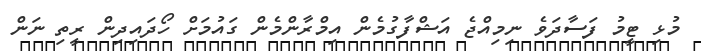
މުޅި ޓީމު ފަސާދަވެ ނިމިއްޖެ އަޝްފާގުމެން އިމްރާންމެން ގައުމަށް ހޯދައިދިން ރީތި ނަން